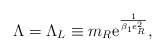
\begin{align*}\Lambda = \Lambda_L \equiv m_R \mbox{e}^{\frac{1}{\beta_1 e_R^2}},\end{align*}